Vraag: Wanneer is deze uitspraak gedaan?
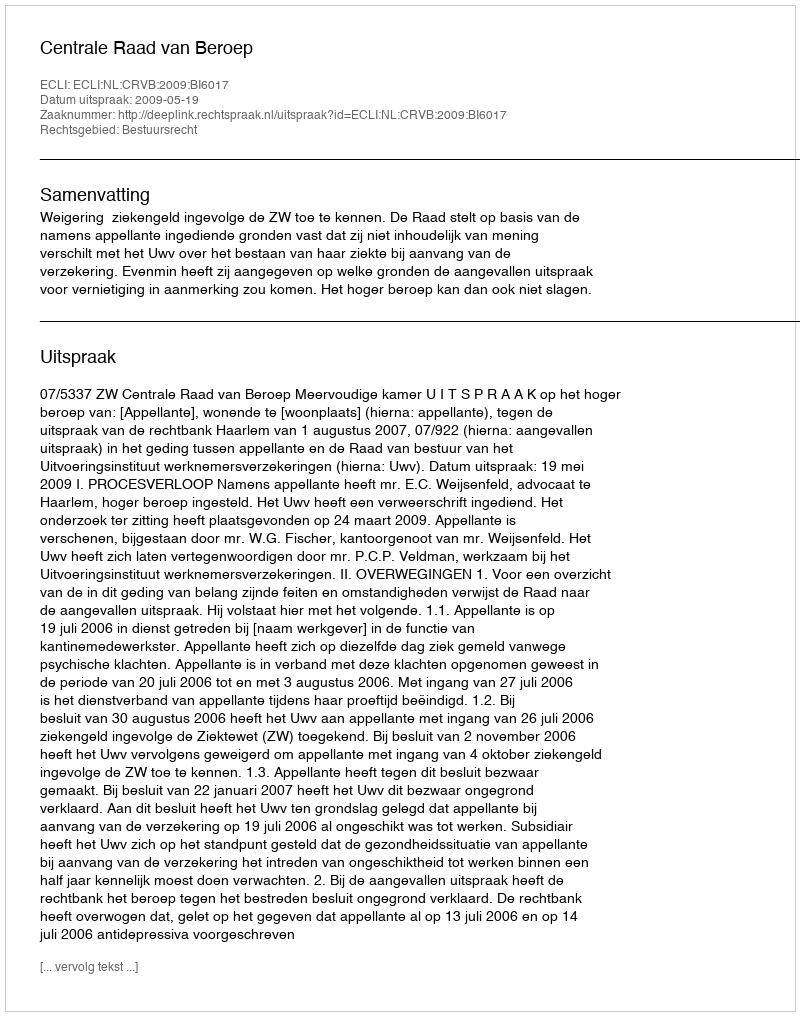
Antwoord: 2009-05-19